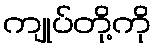
ကျုပ်တို့ကို